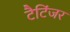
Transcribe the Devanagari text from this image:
टैटिंजर